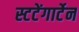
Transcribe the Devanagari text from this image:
स्टटेंगार्टेन